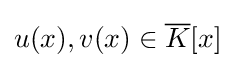
u(x),v(x)\in {\overline {K}}[x]